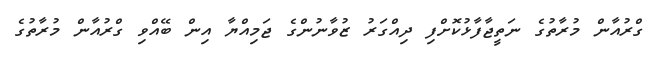
ގްރުއާން މުރާތުގެ ނަތީޖާފާޅުކޮށްފި ދިއްގަރު ޒުވާނުންގެ ޖަމިއްޔާ އިން ބޭއްވި ގްރުއާން މުރާތުގެ